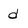
Character: d